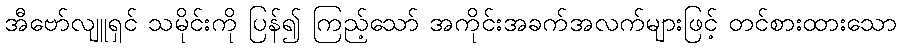
အီဗော်လျူရှင် သမိုင်းကို ပြန်၍ ကြည့်သော် အကိုင်းအခက်အလက်များဖြင့် တင်စားထားသော